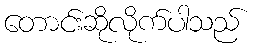
တောင်းဆိုလိုက်ပါသည်